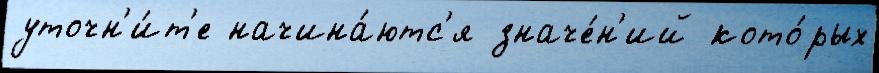
уточн'и́т'е начина́ютс'я значе́н'ий кото́рых